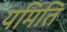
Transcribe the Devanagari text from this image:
यमिति